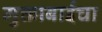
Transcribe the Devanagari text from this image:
मुक्ताबाईचा